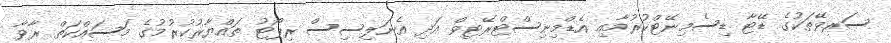
ސަރވޭތަކުގެ ޑޭޓާ ޑިސެމިނޭޓްކުރުމާއި އެޑްމިނިސްޓްރޭޓިވް އަދި އެނަލިސިސް ރިޕޯޓު ތައްޔާރުކުރުމުގެ މަސައްކަތް ރާވާ